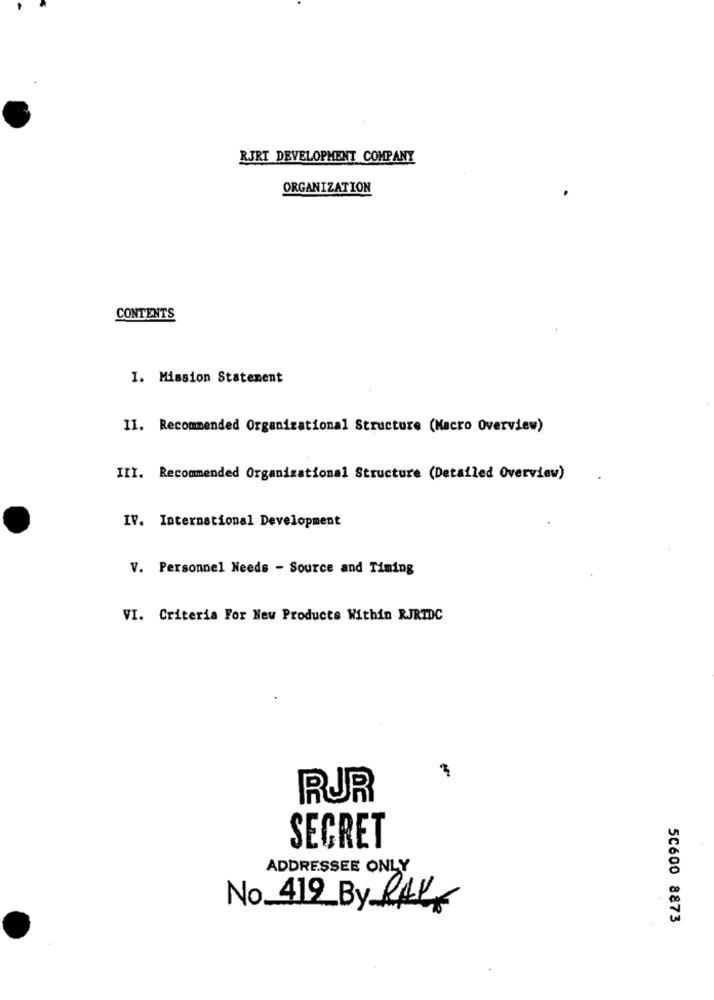
RJRT DEVELOPMENT COMPANY
ORGANIZATION
CONTENTS
1. Mission Statement
II. Recommended Organizational Structure (Macro Overview)
III. Recommended Organizational Structure (Detailed Overview)
IV. International Development
V. Personnel Needs - Source and Timing
VI. Criteria For New Products Within RJRTDC
RUR
SECRET
ADDRESSEE ONLY
No 419 By RAK
5C600 8873